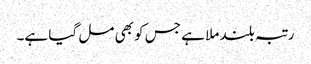
رتبہ بلند ملا ہے جس کو بھی مل گیا ہے۔